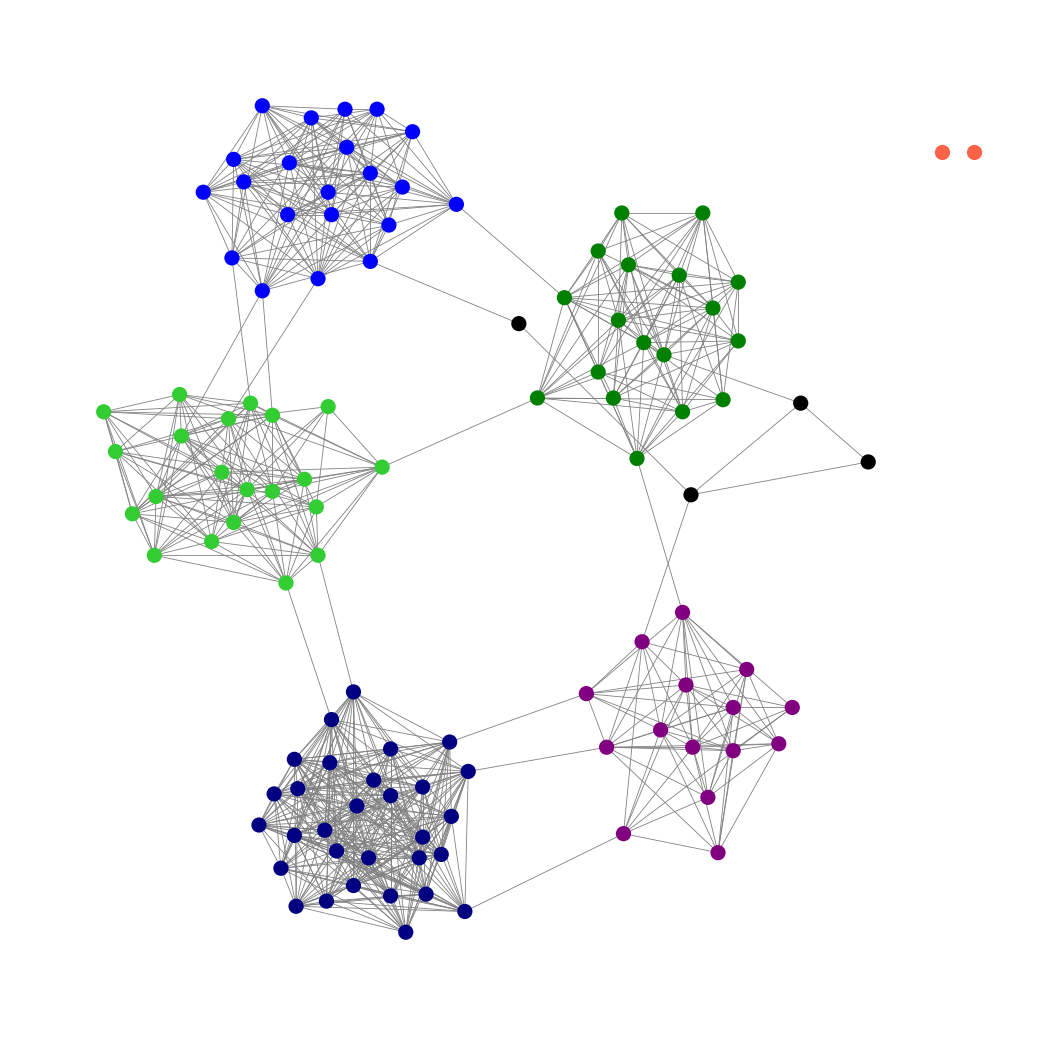
Graph connected: No
Number of connected components: 3
Number of singletons: 2
Total number of nodes: 111
Total number of edges: 782
Number of communities: 7
Community sizes:
Black: 4
Blue: 21
Green: 18
Lime Green: 21
Navy: 30
Purple: 15
Tomato: 2
Graph layout: tda
Graph generation method: erdos_renyi